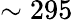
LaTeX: \sim 295